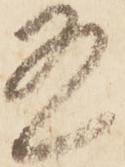
有